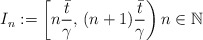
\begin{align*}I_n:=\left[n\dfrac{\bar{t}}{\gamma},\,(n+1)\dfrac{\bar{t}}{\gamma}\right) n \in {\mathbb{N}}\end{align*}